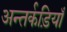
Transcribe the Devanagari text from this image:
अन्तर्कड़ियाँ